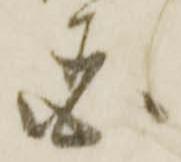
国